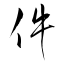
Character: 件